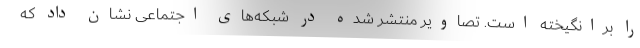
را برانگیخته است. تصاویر منتشر شده در شبکه‌های اجتماعی نشان داد که